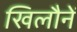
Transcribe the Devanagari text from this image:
खिलौनें